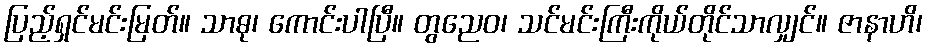
ပြည့်ရှင်မင်းမြတ်။ သာဓု၊ ကောင်းပါပြီ။ တွညေဝ၊ သင်မင်းကြီးကိုယ်တိုင်သာလျှင်။ ဇာနာဟိ၊